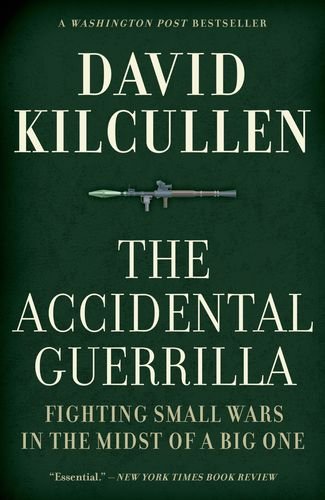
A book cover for The Accidental Guerrilla: Fighting Small Wars in the Midst of a Big One; David Kilcullen; History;